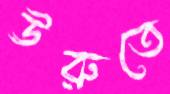
ঊরুতে